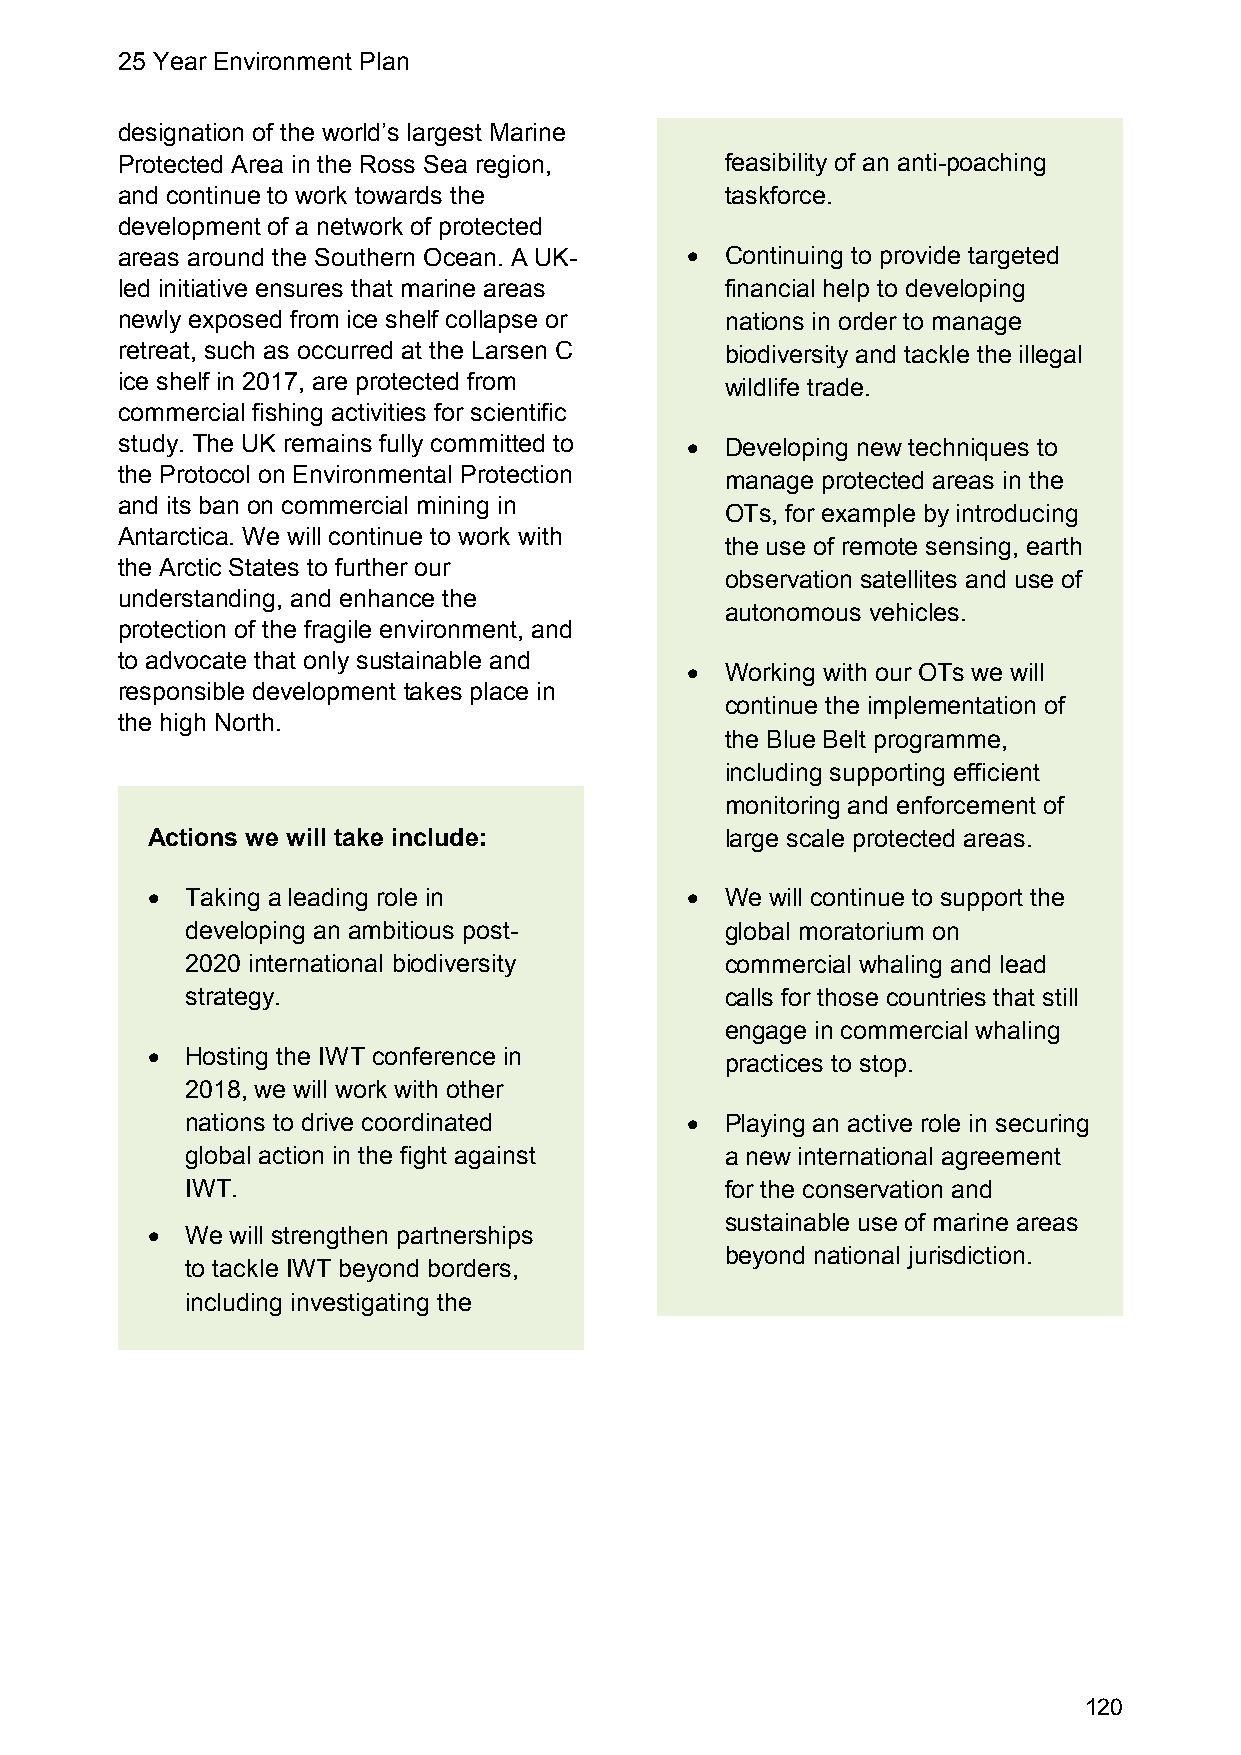
25 Year Environment Plan
 designation of the world’s largest Marine
 Protected Area in the Ross Sea region,  feasibility of an anti-poaching
 and continue to work towards the        taskforce.
 development of a network of protected
 areas around the Southern Ocean. A UK-  Continuing to provide targeted
 led initiative ensures that marine areas financial help to developing
 newly exposed from ice shelf collapse or nations in order to manage
 retreat, such as occurred at the Larsen C biodiversity and tackle the illegal
 ice shelf in 2017, are protected from
 wildlife trade.
 commercial fishing activities for scientific
 study. The UK remains fully committed to  Developing new techniques to
 the Protocol on Environmental Protection manage protected areas in the
 and its ban on commercial mining in
 OTs, for example by introducing
 Antarctica. We will continue to work with
 the use of remote sensing, earth
 the Arctic States to further our
 observation satellites and use of
 understanding, and enhance the
 autonomous vehicles.
 protection of the fragile environment, and
 to advocate that only sustainable and
   Working with our OTs we will
 responsible development takes place in
 continue the implementation of
 the high North.
 the Blue Belt programme,
 including supporting efficient
 monitoring and enforcement of
 Actions we will take include:         large scale protected areas.
  Taking a leading role in           We will continue to support the
 developing an ambitious post-       global moratorium on
 2020 international biodiversity     commercial whaling and lead
 strategy.                           calls for those countries that still
 engage in commercial whaling
  Hosting the IWT conference in
 practices to stop.
 2018, we will work with other
 nations to drive coordinated       Playing an active role in securing
 global action in the fight against  a new international agreement
 IWT.                                for the conservation and
 sustainable use of marine areas
  We will strengthen partnerships
 beyond national jurisdiction.
 to tackle IWT beyond borders,
 including investigating the
 120